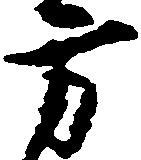
方